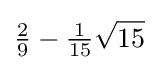
{\tfrac {2}{9}}-{\tfrac {1}{15}}{\sqrt {15}}